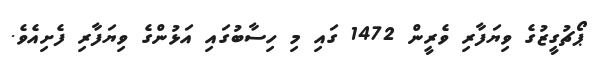
ޕޯޗުގީޒުގެ ވިޔަފާރި ވެރީން 1472 ގައި މި ހިސާބުގައި އަޅުންގެ ވިޔަފާރި ފެށިއެވެ.